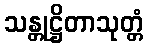
သန္တုဋ္ဌိတာသုတ္တံ